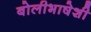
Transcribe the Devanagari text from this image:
बोलीभाषेशी